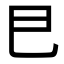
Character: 𢀳